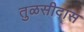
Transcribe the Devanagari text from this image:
तुळसीदास